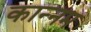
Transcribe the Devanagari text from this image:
कान्नम